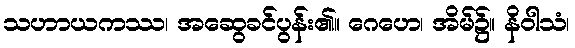
သဟာယကဿ၊ အဆွေခင်ပွန်း၏။ ဂေဟေ၊ အိမ်၌။ နိဝါသံ၊